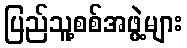
ပြည်သူ့စစ်အဖွဲ့များ